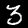
Digit: 3